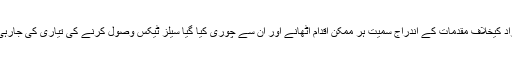
ان افراد کیخلاف مقدمات کے اندراج سمیت ہر ممکن اقدام اٹھانے اور ان سے چوری کیا گیا سیلز ٹیکس وصول کرنے کی تیاری کی جارہی ہے۔